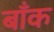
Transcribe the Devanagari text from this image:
बॉंक